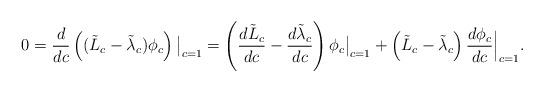
LaTeX: \begin{align*}0=\frac{d}{dc}\left((\tilde{L}_c - \tilde{\lambda}_c)\phi_c\right)\big|_{c=1} &= \left(\frac{d\tilde{L}_c}{dc}-\frac{d\tilde{\lambda}_c}{dc}\right)\phi_c\big|_{c=1} + \left(\tilde{L}_c - \tilde{\lambda}_c\right)\frac{d\phi_c}{dc}\Big|_{c=1}.\end{align*}